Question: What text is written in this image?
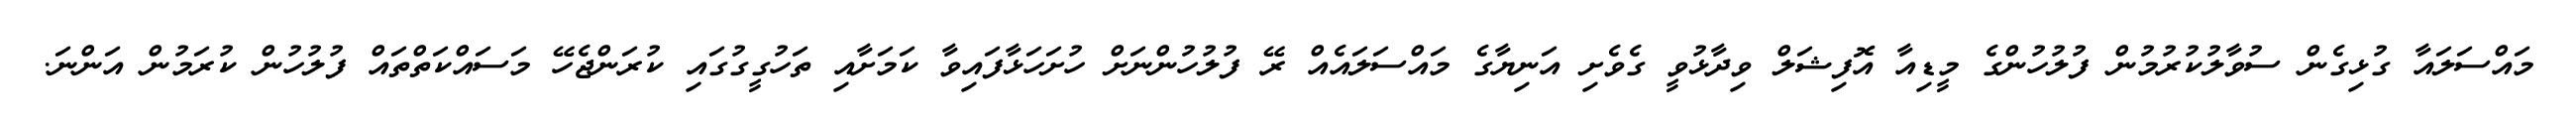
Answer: މައްސަލައާ ގުޅިގެން ސުވާލުކުރުމުން ފުލުހުންގެ މީޑިއާ އޮފިޝަލް ވިދާޅުވީ ގެވެށި އަނިޔާގެ މައްސަލައެއް ރޭ ފުލުހުންނަށް ހުށަހަޅާފައިވާ ކަމަށާއި ތަހުގީގުގައި ކުރަންޖެހޭ މަސައްކަތްތައް ފުލުހުން ކުރަމުން އަންނަ.